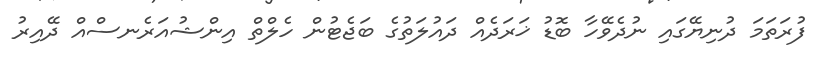
ފުރަތަމަ ދުނިޔޭގައި ނުދެވޭހާ ބޮޑު ޚަރަދެއް ދައުލަތުގެ ބަޖެޓުން ހެލްތް އިންޝުއަރެނސްއް ދޭއިރު